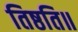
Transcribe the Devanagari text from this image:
तिष्ठति॥